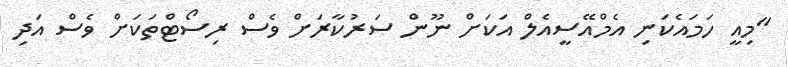
"މިއީ ހަމައެކަނި އެމްއޭސީއެލް އަކަށް ނޫން ސަރުކާރަށް ވެސް ރިސޯޓްތަކަށް ވެސް އަދި